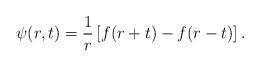
LaTeX: \begin{align*}\psi(r,t) = {1\over r} \left[ f(r+t) - f(r-t) \right].\end{align*}